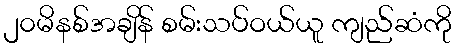
၂၀မိနစ်အချိန် စမ်းသပ်ဝယ်ယူ ကျည်ဆံကို